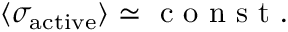
\langle \sigma _ { \mathrm { a c t i v e } } \rangle \simeq \mathrm { ~ c ~ o ~ n ~ s ~ t ~ . ~ }